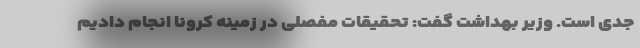
جدی است. وزیر بهداشت گفت: تحقیقات مفصلی در زمینه کرونا انجام دادیم